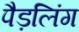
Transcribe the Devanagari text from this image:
पैड़लिंग